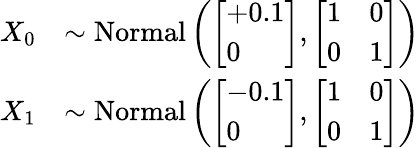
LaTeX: \begin{array}{rl}{X_{0}}&{\sim\mathrm{Normal}\left(\left[\begin{array}{l}{+0.1}\\ {0}\end{array}\right],\left[\begin{array}{ll}{1}&{0}\\ {0}&{1}\end{array}\right]\right)}\\ {X_{1}}&{\sim\mathrm{Normal}\left(\left[\begin{array}{l}{-0.1}\\ {0}\end{array}\right],\left[\begin{array}{ll}{1}&{0}\\ {0}&{1}\end{array}\right]\right)}\end{array}